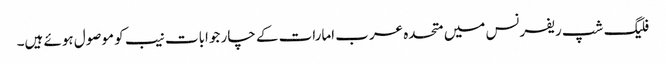
فلیگ شپ ریفرنس میں متحدہ عرب امارات کے چار جوابات نیب کو موصول ہوئے ہیں۔